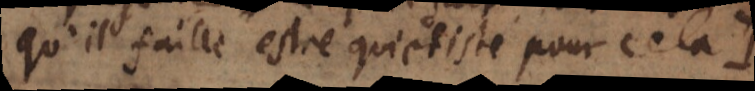
qu’il faille estre quietiste pour cela.